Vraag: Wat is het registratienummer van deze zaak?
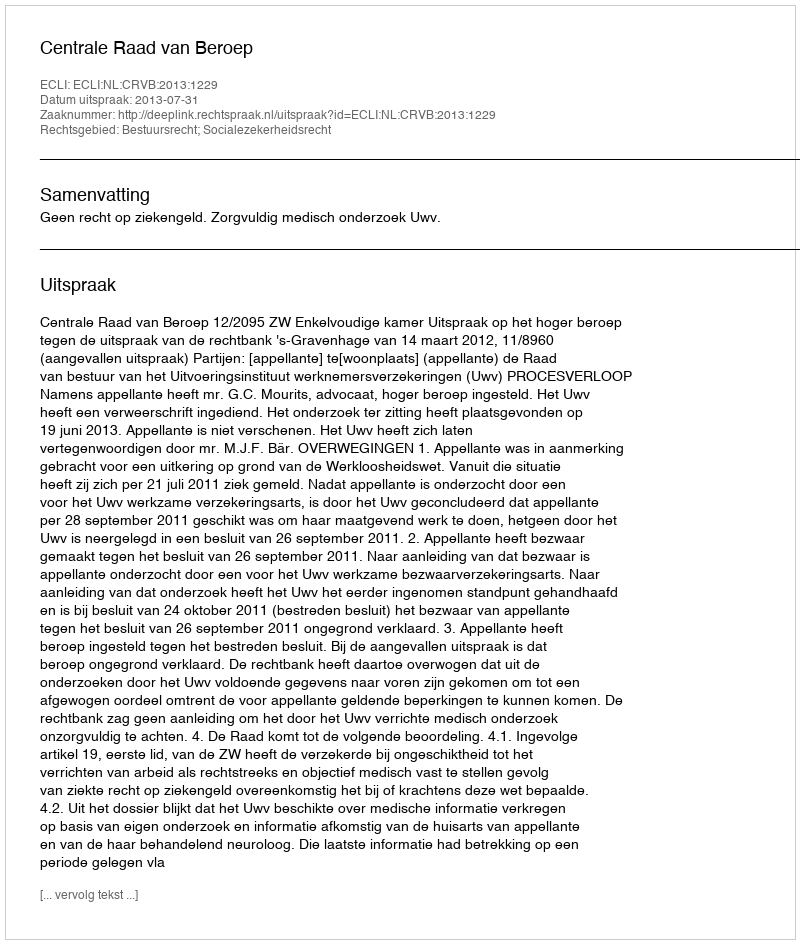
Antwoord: http://deeplink.rechtspraak.nl/uitspraak?id=ECLI:NL:CRVB:2013:1229